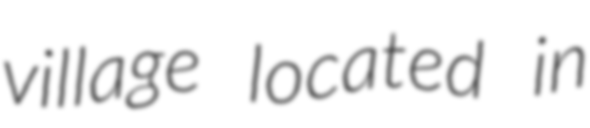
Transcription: village located in